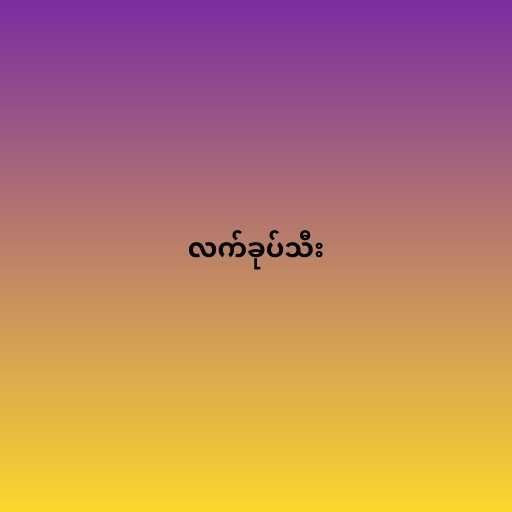
လက်ခုပ်သီး